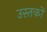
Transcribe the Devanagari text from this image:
उस्तकों